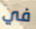
في